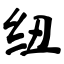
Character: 纽